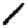
Digit: 1